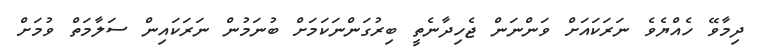
ދިމާވޭ ހެއްޔެވެ ނަރަކައަށް ވަންނަން ޖެހިދާނެތީ ބިރުގަންނަކަމަށް ބުނަމުން ނަރަކައިން ސަލާމަތް ވުމަށް